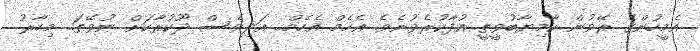
އެމީހުންގެ ރޭވުން ކާމިޔާބުވީތީ އުފާކުރެވުނެވެ. އެހެމް އެހެމް.. އަދިވެސް ދޫކުރާކަށް ނުވޭތަ.. މިހާރު